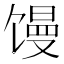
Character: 馒